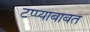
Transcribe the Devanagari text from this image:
टप्प्याबाबत